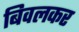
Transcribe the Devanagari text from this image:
बिवलकर